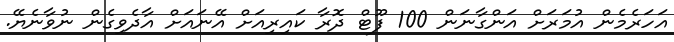
އަހަރެމެން އުމަރަށް އަންގާނަން 100 ފޫޓް ދޮރާ ކައިރިއަށް އޭނައަށް އާދެވިގެން ނުވާނެޔޭ.